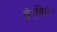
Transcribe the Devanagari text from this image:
बेरबिस।